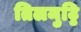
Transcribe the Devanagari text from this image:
तिलमुट्ठि